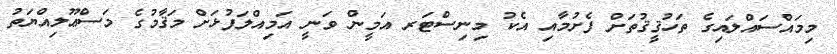
މިމައްސައްލައިގެ ތަހުޤީޤުތަށް ފެށުމާއި އެކު މިނިސްޓަރ އަމީން ވަނީ އަމިއްލަފުޅަށް މަޤާމުގެ މަސްޢޫލިއްޔަތު